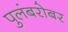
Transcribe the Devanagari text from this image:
पुलंबरोबर